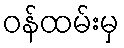
ဝန်ထမ်းမှ